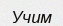
Учим